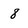
Character: 8